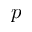
p